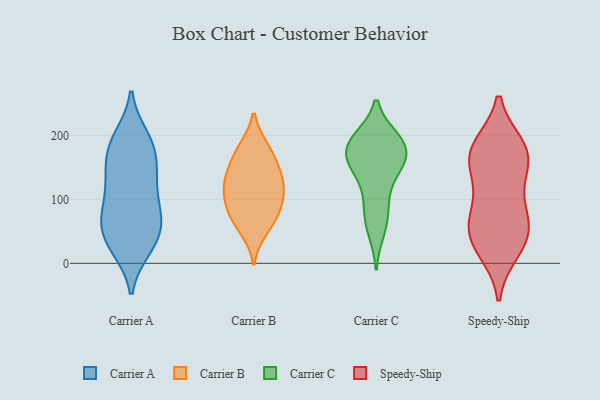
{"axis": {"x": "Churn Rate (%)", "y": "Value"}, "legend": ["Carrier A", "Carrier B", "Carrier C", "Speedy-Ship"], "data": [{"x": "", "y": 127, "type": "Carrier A"}, {"x": "", "y": 88, "type": "Carrier A"}, {"x": "", "y": 181, "type": "Carrier A"}, {"x": "", "y": 65, "type": "Carrier A"}, {"x": "", "y": 75, "type": "Carrier A"}, {"x": "", "y": 108, "type": "Carrier A"}, {"x": "", "y": 23, "type": "Carrier A"}, {"x": "", "y": 163, "type": "Carrier A"}, {"x": "", "y": 58, "type": "Carrier A"}, {"x": "", "y": 198, "type": "Carrier A"}, {"x": "", "y": 29, "type": "Carrier A"}, {"x": "", "y": 68, "type": "Carrier A"}, {"x": "", "y": 29, "type": "Carrier A"}, {"x": "", "y": 28, "type": "Carrier A"}, {"x": "", "y": 136, "type": "Carrier A"}, {"x": "", "y": 156, "type": "Carrier A"}, {"x": "", "y": 188, "type": "Carrier A"}, {"x": "", "y": 136, "type": "Carrier A"}, {"x": "", "y": 70, "type": "Carrier A"}, {"x": "", "y": 197, "type": "Carrier A"}, {"x": "", "y": 113, "type": "Carrier B"}, {"x": "", "y": 98, "type": "Carrier B"}, {"x": "", "y": 66, "type": "Carrier B"}, {"x": "", "y": 52, "type": "Carrier B"}, {"x": "", "y": 92, "type": "Carrier B"}, {"x": "", "y": 130, "type": "Carrier B"}, {"x": "", "y": 156, "type": "Carrier B"}, {"x": "", "y": 126, "type": "Carrier B"}, {"x": "", "y": 178, "type": "Carrier B"}, {"x": "", "y": 78, "type": "Carrier B"}, {"x": "", "y": 180, "type": "Carrier B"}, {"x": "", "y": 138, "type": "Carrier B"}, {"x": "", "y": 190, "type": "Carrier C"}, {"x": "", "y": 171, "type": "Carrier C"}, {"x": "", "y": 147, "type": "Carrier C"}, {"x": "", "y": 66, "type": "Carrier C"}, {"x": "", "y": 194, "type": "Carrier C"}, {"x": "", "y": 181, "type": "Carrier C"}, {"x": "", "y": 154, "type": "Carrier C"}, {"x": "", "y": 106, "type": "Carrier C"}, {"x": "", "y": 152, "type": "Carrier C"}, {"x": "", "y": 51, "type": "Carrier C"}, {"x": "", "y": 159, "type": "Carrier C"}, {"x": "", "y": 88, "type": "Carrier C"}, {"x": "", "y": 189, "type": "Carrier C"}, {"x": "", "y": 193, "type": "Carrier C"}, {"x": "", "y": 78, "type": "Speedy-Ship"}, {"x": "", "y": 36, "type": "Speedy-Ship"}, {"x": "", "y": 41, "type": "Speedy-Ship"}, {"x": "", "y": 73, "type": "Speedy-Ship"}, {"x": "", "y": 168, "type": "Speedy-Ship"}, {"x": "", "y": 171, "type": "Speedy-Ship"}, {"x": "", "y": 22, "type": "Speedy-Ship"}, {"x": "", "y": 159, "type": "Speedy-Ship"}, {"x": "", "y": 118, "type": "Speedy-Ship"}, {"x": "", "y": 181, "type": "Speedy-Ship"}, {"x": "", "y": 52, "type": "Speedy-Ship"}, {"x": "", "y": 175, "type": "Speedy-Ship"}]}